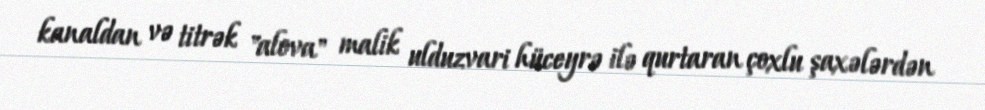
kanaldan və titrək "alova" malik ulduzvari hüceyrə ilə qurtaran çoxlu şaxələrdən